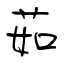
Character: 茹